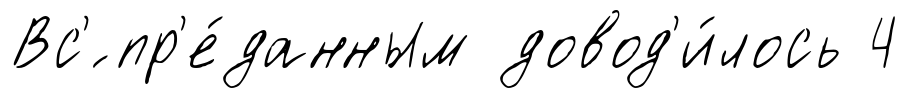
Вс'́ пр'е́данным довод'и́лось 4